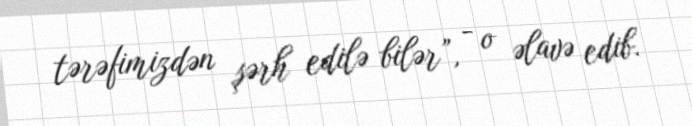
tərəfimizdən şərh edilə bilər”, - o əlavə edib.